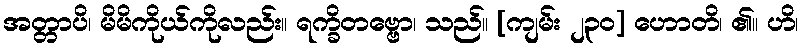
အတ္တာပိ၊ မိမိကိုယ်ကိုလည်း။ ရက္ခိတဗ္ဗော၊ သည်။ [ကျမ်း ၂၃၀] ဟောတိ၊ ၏။ ဟိ၊